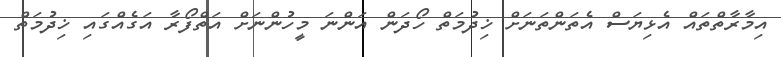
އިމާރާތްތައް އެޅިޔަސް އެތަންތަނަށް ޚިދުމަތް ހޯދަން އަންނަ މީހުންނަށް އަތްފޯރާ އަގެއްގައި ޚިދުމަތް